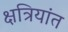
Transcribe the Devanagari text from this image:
क्षत्रियांत